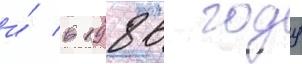
и́ в 1986 году